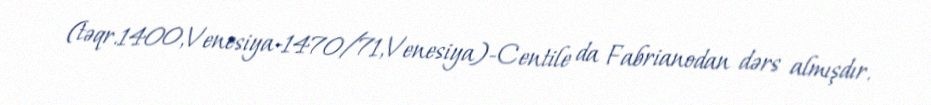
(təqr.1400,Venesiya-1470/71,Venesiya)-Centile da Fabrianodan dərs almışdır.